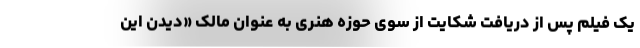
یک فیلم پس از دریافت شکایت از سوی حوزه هنری به عنوان مالک «دیدن این